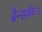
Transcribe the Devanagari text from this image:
ब्रैन्सफ़ील्ड